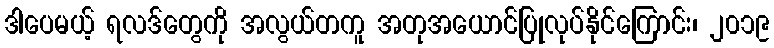
ဒါပေမယ့် ရလဒ်တွေကို အလွယ်တကူ အတုအယောင်ပြုလုပ်နိုင်ကြောင်း၊ ၂၀၁၉